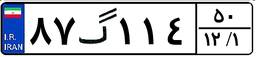
۸۷گ۱۱۴۵۰